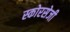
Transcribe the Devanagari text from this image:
स्कोरसेजी